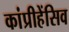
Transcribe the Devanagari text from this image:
कांप्रीहेंसिव